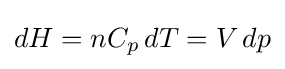
dH=nC_{p}\,dT=V\,dp